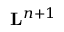
\mathbf { L } ^ { n + 1 }